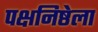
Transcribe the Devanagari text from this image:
पक्षनिष्ठेला